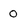
Character: 0